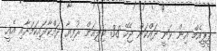
ޕީޕީއެމް އިން ވަނީ ދައްކަން ޖެހޭ 3.8 މިލިއަން ރުފިޔާ ދައްކާފައިކަމަށާއި އެއީ